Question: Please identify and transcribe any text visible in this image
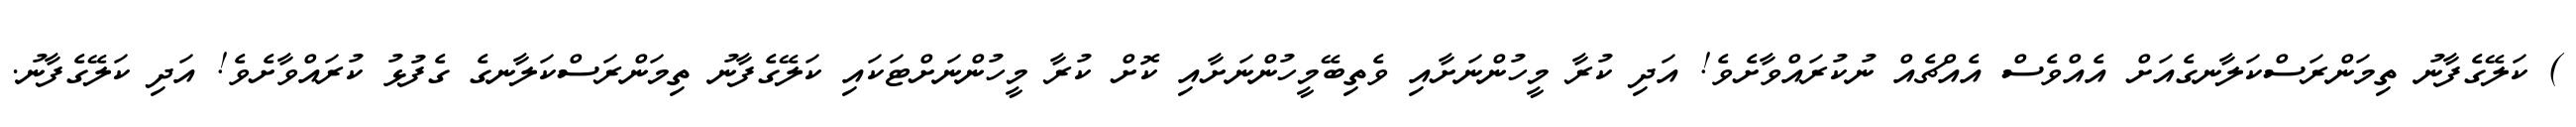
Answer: ) ކަލޭގެފާނު ތިމަންރަސްކަލާނގެއަށް އެއްވެސް އެއްޗެއް ނުކުރައްވާށެވެ! އަދި ކުރާ މީހުންނަށާއި ވެތިބޭމީހުންނަށާއި ކޮށް ކުރާ މީހުންނަށްޓަކައި ކަލޭގެފާނު ތިމަންރަސްކަލާނގެ ގެފުޅު ކުރައްވާށެވެ! އަދި ކަލޭގެފާނު.